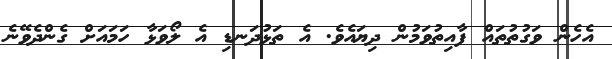
އެހެން ވަގުތުތައް ފާއިތުވަމުން ދިޔައެވެ. އެ ތަޅުދަނޑި އެ ލޯވަޅާ ހަމައަށް ގެންދެވޭނެ